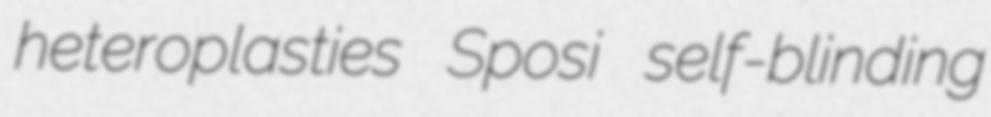
heteroplasties Sposi self-blinding